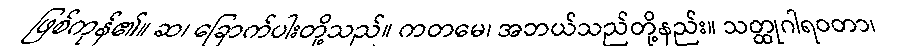
ဖြစ်ကုန်၏။ ဆ၊ ခြောက်ပါးတို့သည်။ ကတမေ၊ အဘယ်သည်တို့နည်း။ သတ္ထုဂါရဝတာ၊